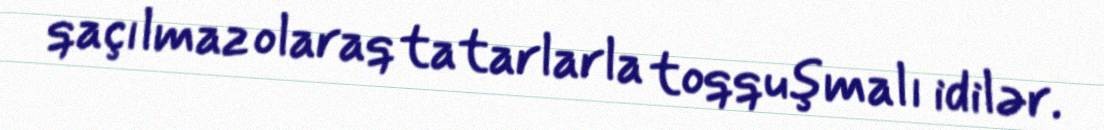
qaçılmaz olaraq tatarlarla toqquşmalı idilər.